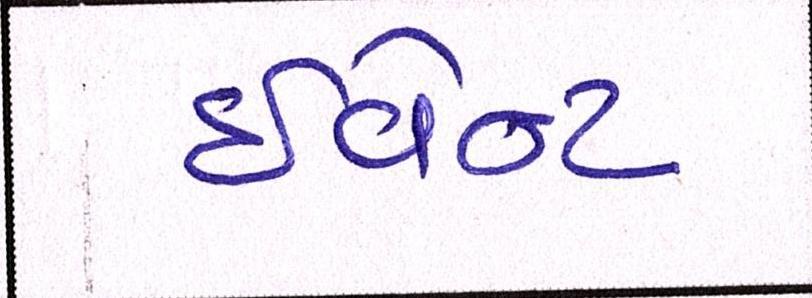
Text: ઈવેન્ટ